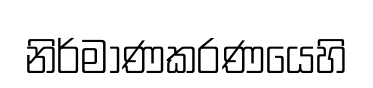
නිර්මාණකරණයෙහි